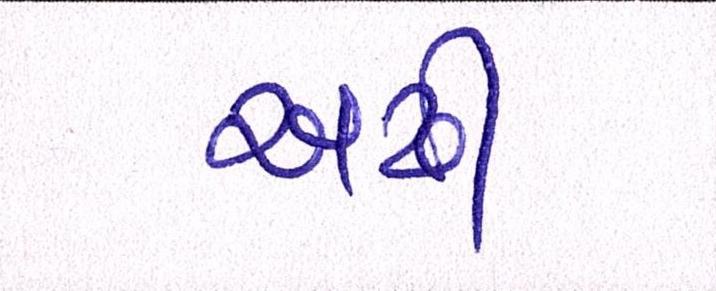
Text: અઢી